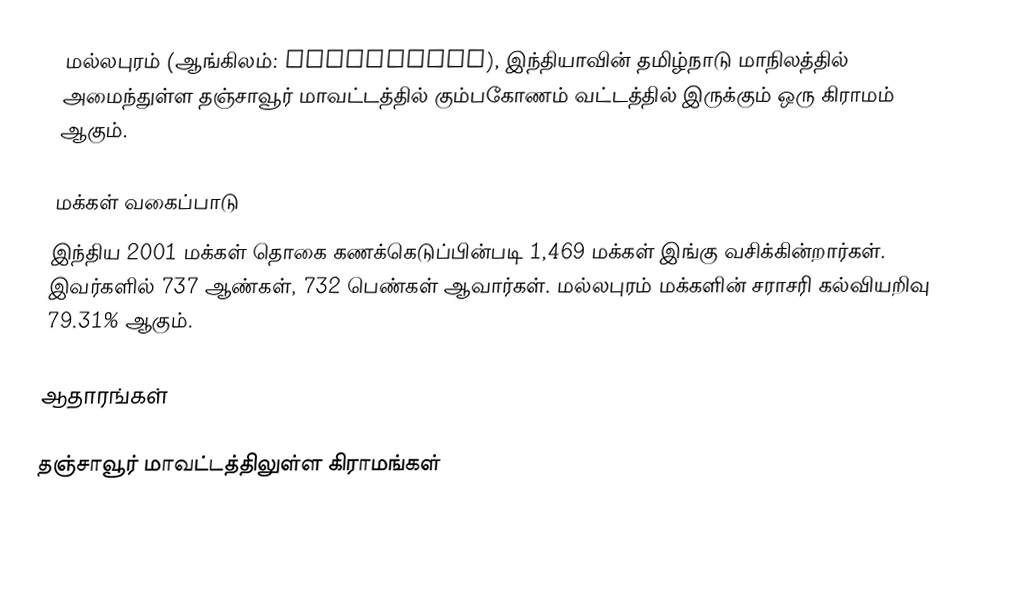
மல்லபுரம்  (ஆங்கிலம்: Mallapuram), இந்தியாவின் தமிழ்நாடு மாநிலத்தில் அமைந்துள்ள தஞ்சாவூர் மாவட்டத்தில்   கும்பகோணம் வட்டத்தில் இருக்கும்  ஒரு கிராமம் ஆகும்.

மக்கள் வகைப்பாடு
இந்திய 2001 மக்கள் தொகை கணக்கெடுப்பின்படி 1,469 மக்கள் இங்கு வசிக்கின்றார்கள்.  இவர்களில் 737 ஆண்கள், 732 பெண்கள் ஆவார்கள். மல்லபுரம் மக்களின் சராசரி கல்வியறிவு 79.31% ஆகும்.

ஆதாரங்கள்

தஞ்சாவூர் மாவட்டத்திலுள்ள கிராமங்கள்